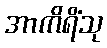
အာကိရိံသု